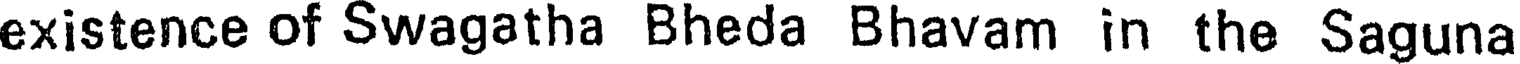
existence of Swagatha Bheda Bhavam in the Saguna